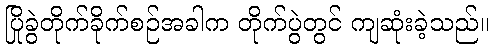
ပြိုခွဲတိုက်ခိုက်စဉ်အခါက တိုက်ပွဲတွင် ကျဆုံးခဲ့သည်။